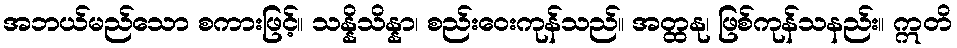
အဘယ်မည်သော စကားဖြင့်။ သန္နိသိန္နာ၊ စည်းဝေးကုန်သည်။ အတ္ထနု၊ ဖြစ်ကုန်သနည်း။ ဣတိ